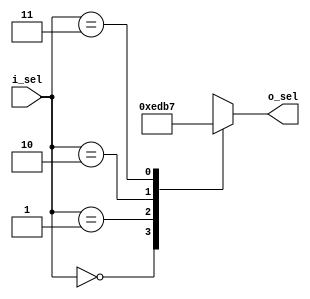
module decoder_2x4(
    input [1:0] i_sel,
    output [3:0] o_sel
);
   reg [3:0] o_sel;

   always @(i_sel) begin
       o_sel = 4'bxxxx;
       case (i_sel)
        0 : o_sel = 4'b1110;
        1 : o_sel = 4'b1101;
        2 : o_sel = 4'b1011;
        3 : o_sel = 4'b0111;
       endcase
   end
endmodule